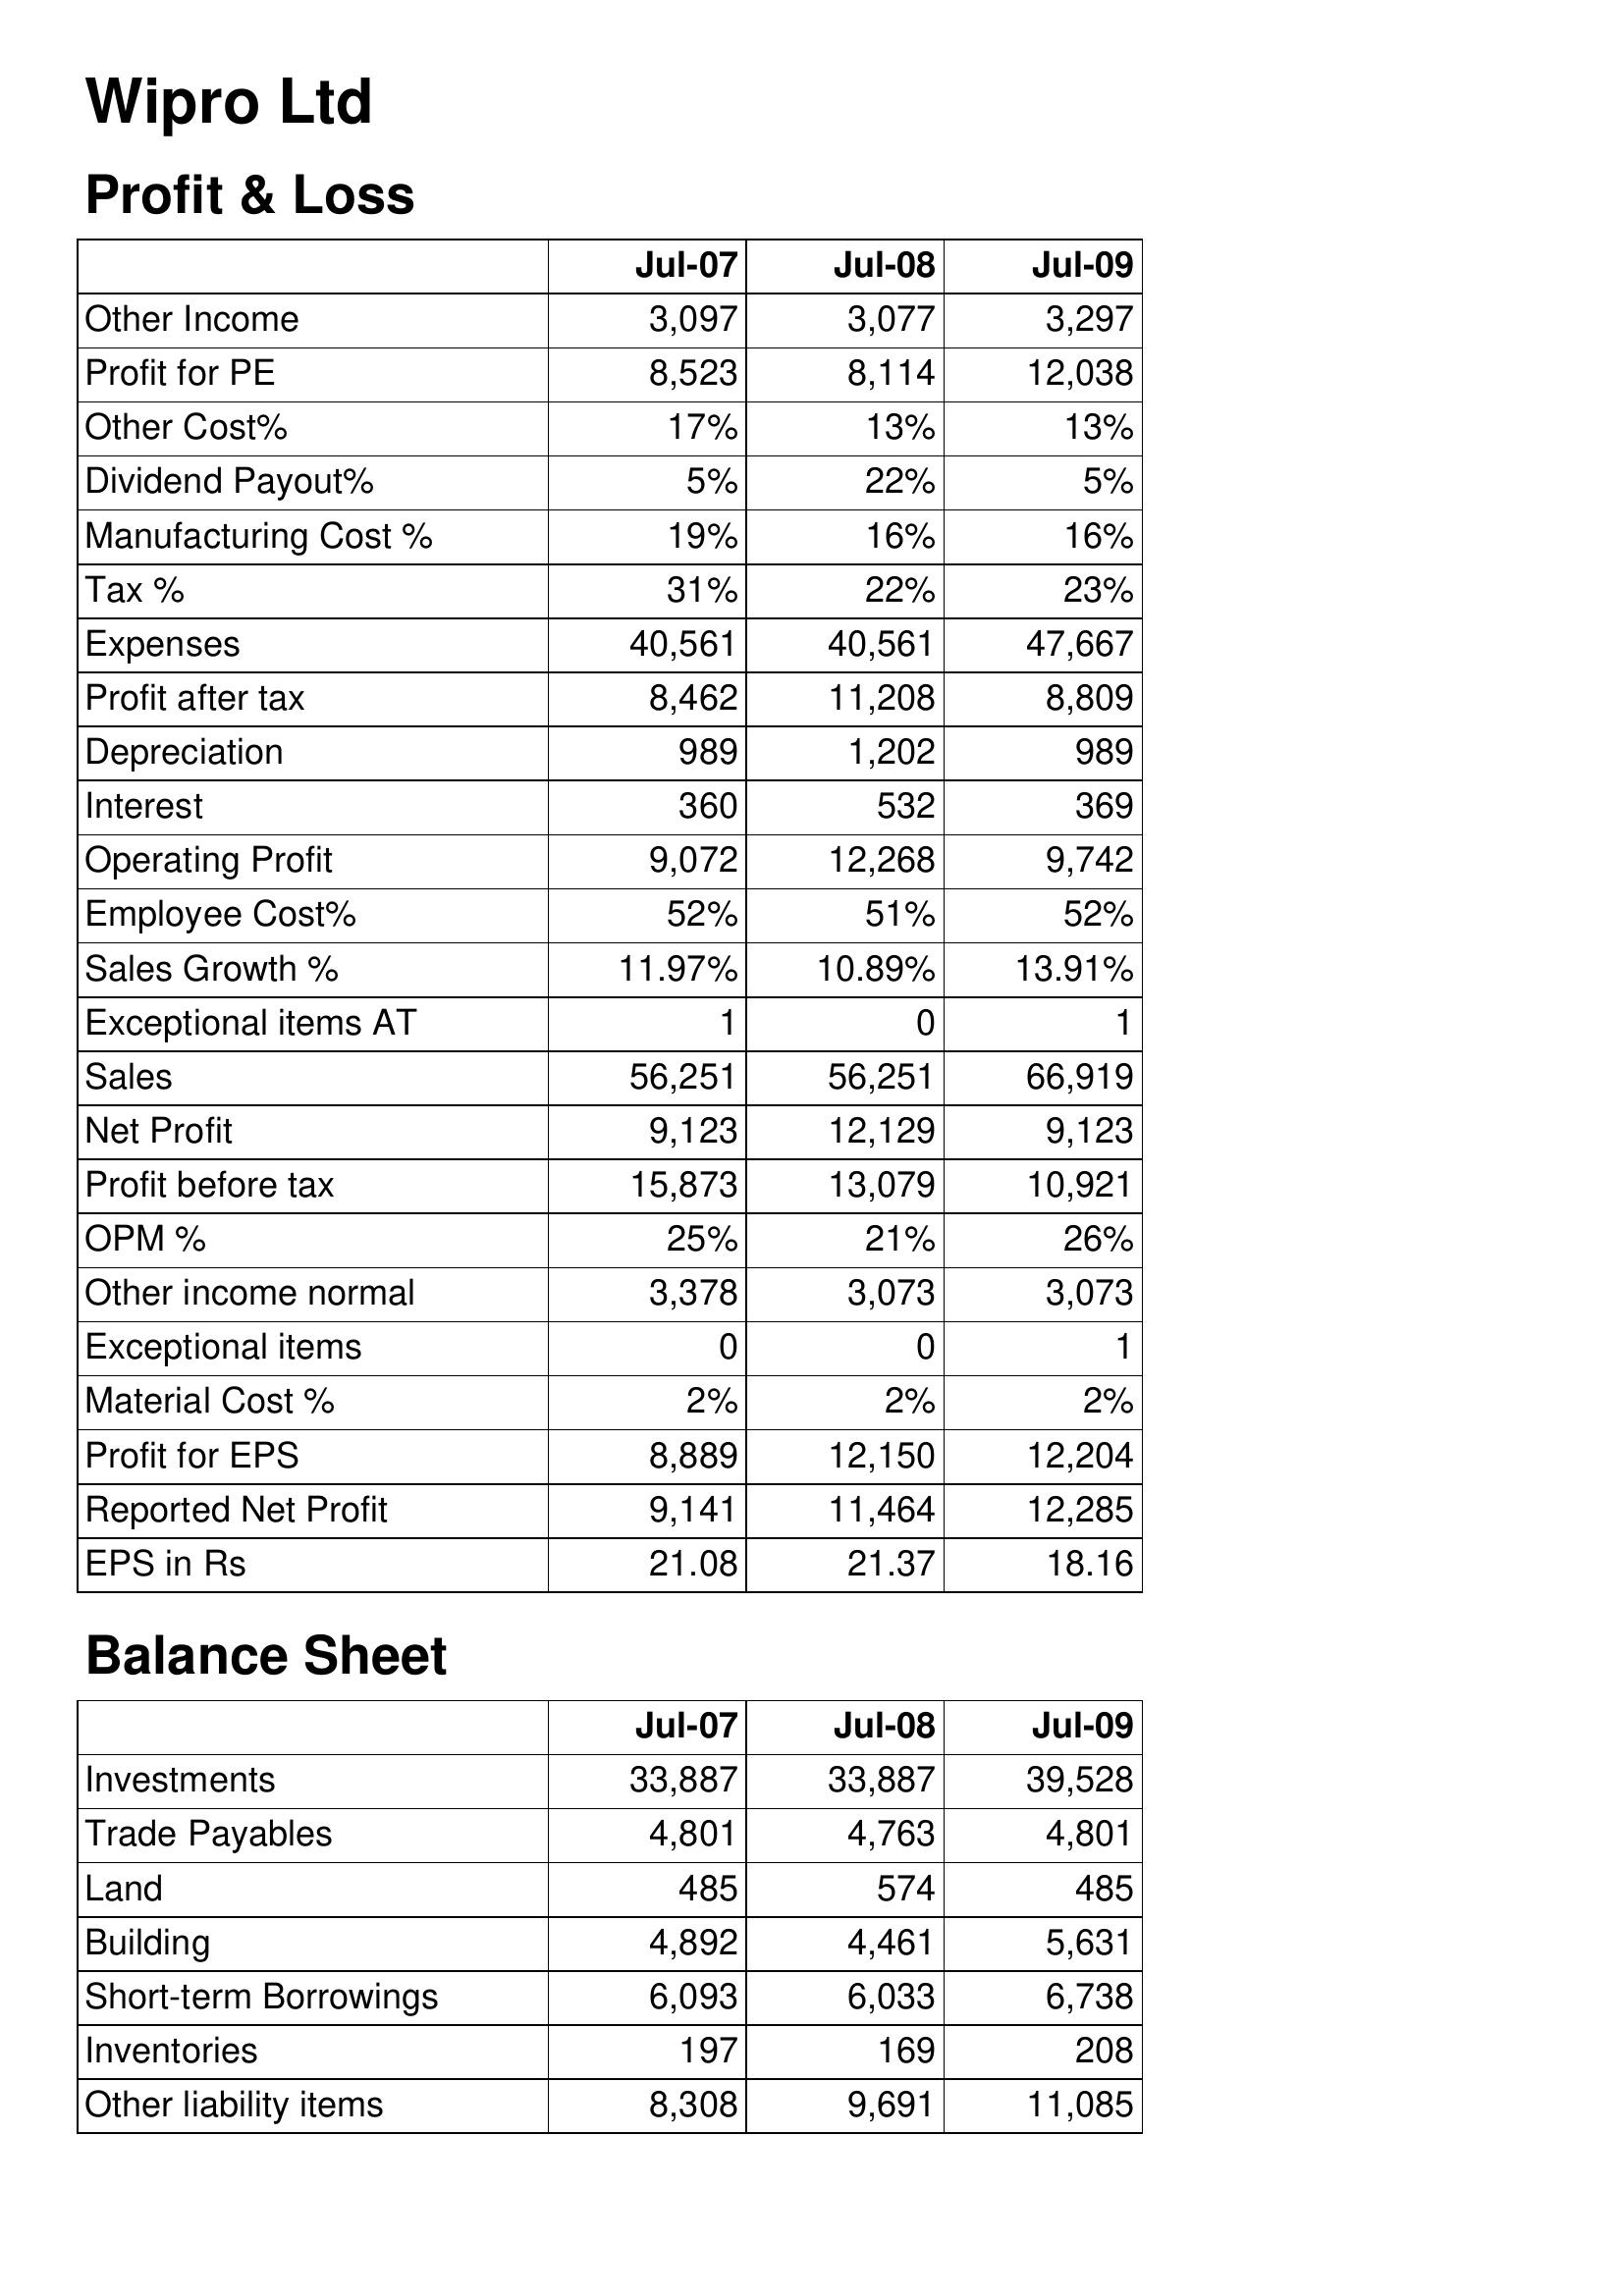
Jul-07: Profit & Loss: Other Income: 3,097
Profit for PE: 8,523
Other Cost%: 17%
Dividend Payout%: 5%
Manufacturing Cost %: 19%
Tax %: 31%
Expenses: 40,561
Profit after tax: 8,462
Depreciation: 989
Interest: 360
Operating Profit: 9,072
Employee Cost%: 52%
Sales Growth %: 11.97%
Exceptional items AT: 1
Sales: 56,251
Net Profit: 9,123
Profit before tax: 15,873
OPM %: 25%
Other income normal: 3,378
Exceptional items: 0
Material Cost %: 2%
Profit for EPS: 8,889
Reported Net Profit: 9,141
EPS in Rs: 21.08
Balance Sheet: Investments: 33,887
Trade Payables: 4,801
Land: 485
Building: 4,892
Short-term Borrowings: 6,093
Inventories: 197
Other liability items: 8,308
Jul-08: Profit & Loss: Other Income: 3,077
Profit for PE: 8,114
Other Cost%: 13%
Dividend Payout%: 22%
Manufacturing Cost %: 16%
Tax %: 22%
Expenses: 40,561
Profit after tax: 11,208
Depreciation: 1,202
Interest: 532
Operating Profit: 12,268
Employee Cost%: 51%
Sales Growth %: 10.89%
Exceptional items AT: 0
Sales: 56,251
Net Profit: 12,129
Profit before tax: 13,079
OPM %: 21%
Other income normal: 3,073
Exceptional items: 0
Material Cost %: 2%
Profit for EPS: 12,150
Reported Net Profit: 11,464
EPS in Rs: 21.37
Balance Sheet: Investments: 33,887
Trade Payables: 4,763
Land: 574
Building: 4,461
Short-term Borrowings: 6,033
Inventories: 169
Other liability items: 9,691
Jul-09: Profit & Loss: Other Income: 3,297
Profit for PE: 12,038
Other Cost%: 13%
Dividend Payout%: 5%
Manufacturing Cost %: 16%
Tax %: 23%
Expenses: 47,667
Profit after tax: 8,809
Depreciation: 989
Interest: 369
Operating Profit: 9,742
Employee Cost%: 52%
Sales Growth %: 13.91%
Exceptional items AT: 1
Sales: 66,919
Net Profit: 9,123
Profit before tax: 10,921
OPM %: 26%
Other income normal: 3,073
Exceptional items: 1
Material Cost %: 2%
Profit for EPS: 12,204
Reported Net Profit: 12,285
EPS in Rs: 18.16
Balance Sheet: Investments: 39,528
Trade Payables: 4,801
Land: 485
Building: 5,631
Short-term Borrowings: 6,738
Inventories: 208
Other liability items: 11,085